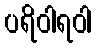
ပရိဝါရဝါ